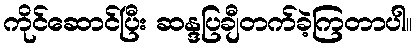
ကိုင်ဆောင်ပြီး ဆန္ဒပြချီတက်ခဲ့ကြတာပါ။